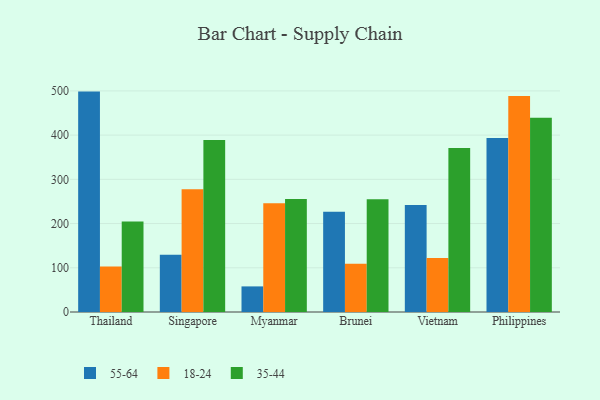
{"axis": {"x": "Country", "y": "Waste Production (Tons)"}, "legend": ["18-24", "35-44", "55-64"], "data": [{"x": "Thailand", "y": 498.4, "type": "55-64"}, {"x": "Thailand", "y": 102.9, "type": "18-24"}, {"x": "Thailand", "y": 204.8, "type": "35-44"}, {"x": "Singapore", "y": 129.3, "type": "55-64"}, {"x": "Singapore", "y": 277.3, "type": "18-24"}, {"x": "Singapore", "y": 388.7, "type": "35-44"}, {"x": "Myanmar", "y": 57.9, "type": "55-64"}, {"x": "Myanmar", "y": 245.8, "type": "18-24"}, {"x": "Myanmar", "y": 255.4, "type": "35-44"}, {"x": "Brunei", "y": 226.7, "type": "55-64"}, {"x": "Brunei", "y": 109.3, "type": "18-24"}, {"x": "Brunei", "y": 255.2, "type": "35-44"}, {"x": "Vietnam", "y": 241.8, "type": "55-64"}, {"x": "Vietnam", "y": 122.2, "type": "18-24"}, {"x": "Vietnam", "y": 370.9, "type": "35-44"}, {"x": "Philippines", "y": 393.5, "type": "55-64"}, {"x": "Philippines", "y": 488.7, "type": "18-24"}, {"x": "Philippines", "y": 439.3, "type": "35-44"}]}